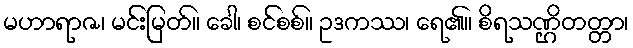
မဟာရာဇ၊ မင်းမြတ်။ ခေါ၊ စင်စစ်။ ဥဒကဿ၊ ရေ၏။ စိရသဏ္ဌိတတ္တာ၊